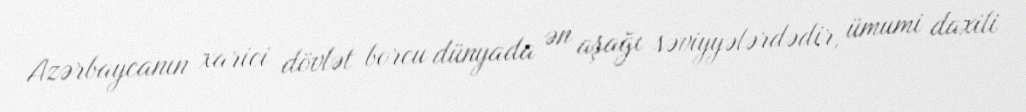
Azərbaycanın xarici dövlət borcu dünyada ən aşağı səviyyələrdədir, ümumi daxili